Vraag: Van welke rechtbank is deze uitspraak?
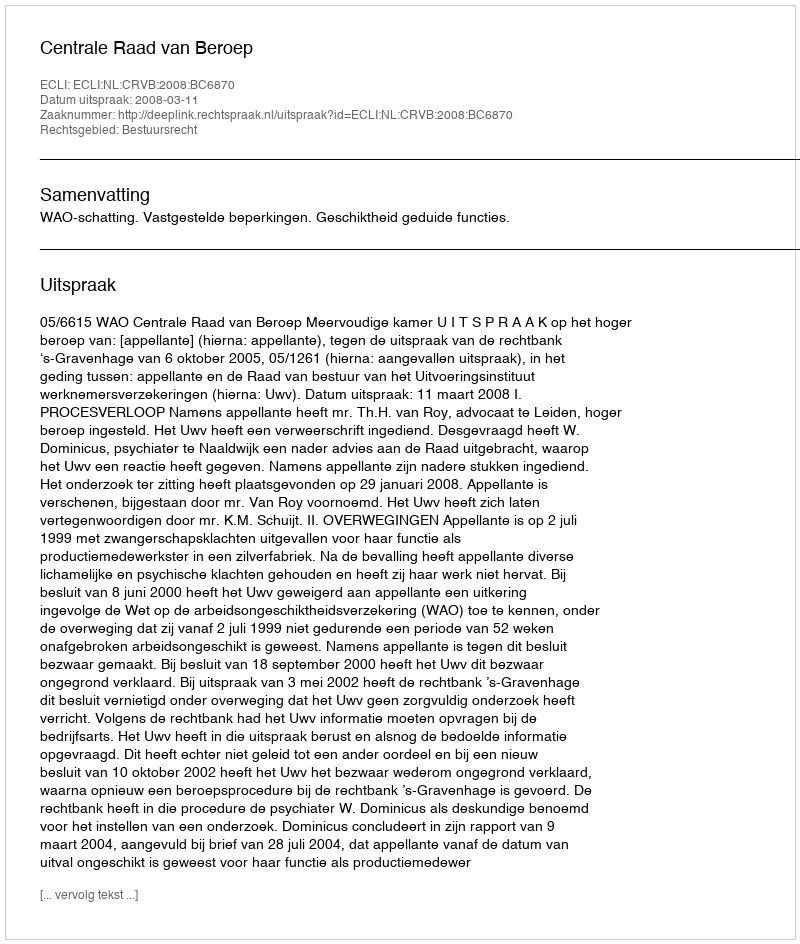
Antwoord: Centrale Raad van Beroep